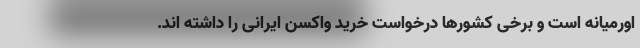
اورمیانه است و برخی کشورها درخواست خرید واکسن ایرانی را داشته اند.